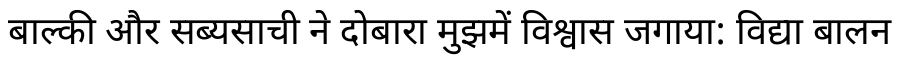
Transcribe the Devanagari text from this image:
बाल्की और सब्यसाची ने दोबारा मुझमें विश्वास जगाया: विद्या बालन